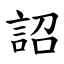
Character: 詔